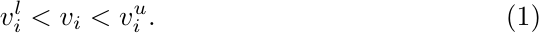
\begin{equation}
\quad v_i^l<v_i<v_i^u .\label{eq4}
\end{equation}